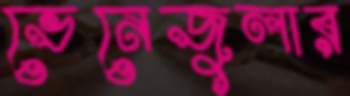
ভেনেজুলার